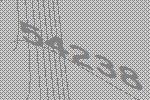
54238